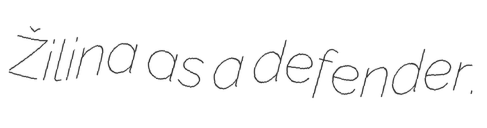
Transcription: Žilina as a defender.